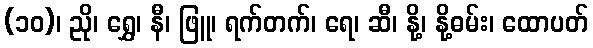
(၁၀)၊ ညို၊ ရွှေ၊ နီ၊ ဖြူ၊ ရက်တက်၊ ရေ၊ ဆီ၊ နို့၊ နို့ဓမ်း၊ ထောပတ်